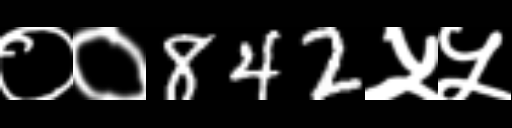
Text: ००842५५